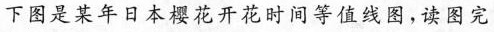
下图是某年日本樱花开花时间等值线图，读图完